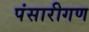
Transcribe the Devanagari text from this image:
पंसारीगण